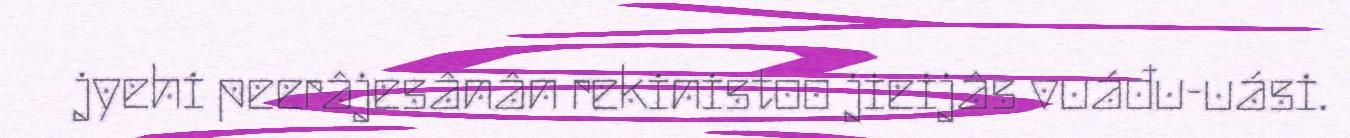
jyehi peerâjesânân rekinistoo jieijâs vuáđu-uási.